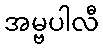
အမ္ဗပါလီ